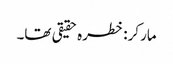
مارکر: خطرہ حقیقی تھا۔